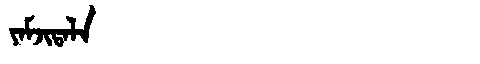
Manchu: ᠶᠠᠮᠵᡳᡨᠠᠯᠠ
Romanization: YAMJITALA